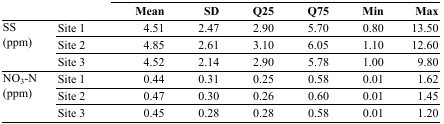
<table><thead><tr><td></td><td></td><td><b>Mean</b></td><td><b>SD</b></td><td><b>Q25</b></td><td><b>Q75</b></td><td><b>Min</b></td><td><b>Max</b></td></tr></thead><tbody><tr><td rowspan="3">SS (ppm)</td><td>Site 1</td><td>4.51 </td><td>2.47 </td><td>2.90 </td><td>5.70 </td><td>0.80 </td><td>13.50 </td></tr><tr><td>Site 2</td><td>4.85 </td><td>2.61 </td><td>3.10 </td><td>6.05 </td><td>1.10 </td><td>12.60 </td></tr><tr><td>Site 3</td><td>4.52 </td><td>2.14 </td><td>2.90 </td><td>5.78 </td><td>1.00 </td><td>9.80 </td></tr><tr><td rowspan="3">NO<sub>3</sub>-N (ppm)</td><td>Site 1</td><td>0.44 </td><td>0.31 </td><td>0.25 </td><td>0.58 </td><td>0.01 </td><td>1.62 </td></tr><tr><td>Site 2</td><td>0.47 </td><td>0.30 </td><td>0.26 </td><td>0.60 </td><td>0.01 </td><td>1.45 </td></tr><tr><td>Site 3</td><td>0.45 </td><td>0.28 </td><td>0.28 </td><td>0.58 </td><td>0.01 </td><td>1.20 </td></tr></tbody></table>